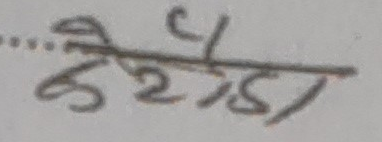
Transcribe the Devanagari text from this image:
केरेडा